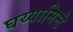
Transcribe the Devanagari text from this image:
घय्यामिन्टे